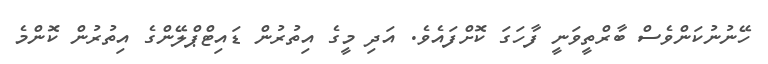
ހޭނުނުކަންވެސް ބާރްތީވަނީ ފާހަގަ ކޮށްފައެވެ. އަދި މީގެ އިތުރުން ޑައިޓްޕްލޭންގެ އިތުރުން ކޮންމެ